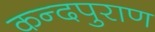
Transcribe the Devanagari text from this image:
कन्दपुराण